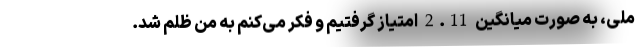
ملی، به صورت میانگین 2.11 امتیاز گرفتیم و فکر می‌کنم به من ظلم شد.